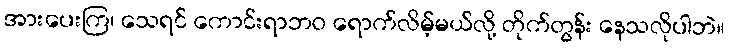
အားပေးကြ၊ သေရင် ကောင်းရာဘဝ ရောက်လိမ့်မယ်လို့ တိုက်တွန်း နေသလိုပါဘဲ။